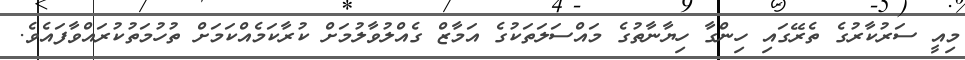
މިއީ ސަރުކާރުގެ ތެރޭގައި ހިންގާ ހިޔާނާތުގެ މައްސަލަތަކުގެ އަމާޒް ގެއްލުވާލުމަށް ކުރާކަމެއްކަމަށް ތުހުމަތުކުރައްވާފައެވެ.